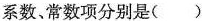
系数、常数项分别是( )